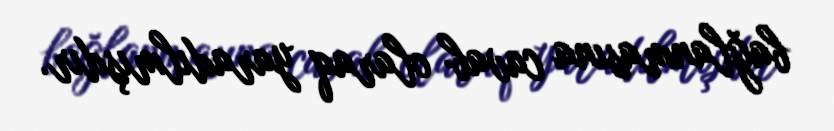
bağlanmasına cavab olaraq yaradılmışdır.